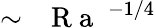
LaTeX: \sim\mathrm{~\textit~{~R~a~}~}^{-1/4}